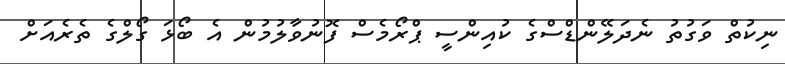
ނިކުތް ވަގުތު ނެދަލޭންޑްސްގެ ކުއިންސީ ޕްރޯމެސް ފޮނުވާލުމުން އެ ބޯޅަ ގޯލްގެ ތެރެއަށް